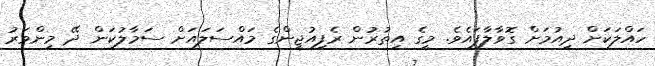
ހައްލަކަށް ދިއުމަށް ގޮވާލާފައެވެ. މީގެ އިތުރުން ރެފިއުޖީންގެ މައްސަލައަށް ސަމާލުކަން ދޭ މިންވަރު